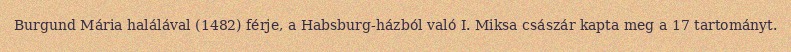
Burgund Mária halálával (1482) férje, a Habsburg-házból való I. Miksa császár kapta meg a 17 tartományt.